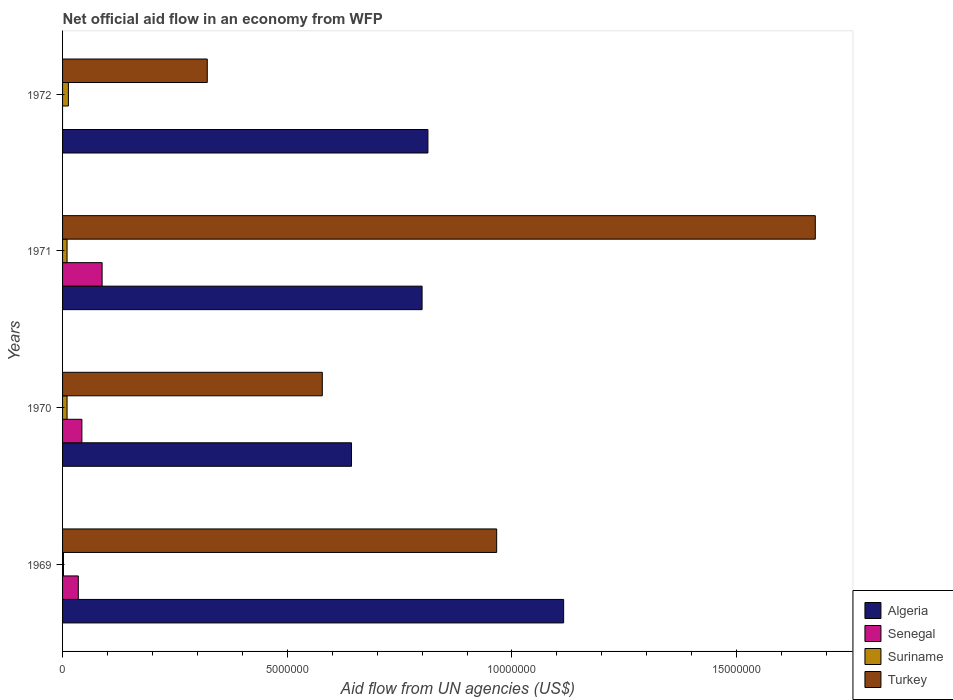
| Years | Algeria | Senegal | Suriname | Turkey |
 | --- | --- | --- | --- | --- |
 | 1969 | 1.12e+07 | 3.5e+05 | 2e+04 | 9.66e+06 |
 | 1970 | 6.43e+06 | 4.3e+05 | 1e+05 | 5.78e+06 |
 | 1971 | 8e+06 | 8.8e+05 | 1e+05 | 1.68e+07 |
 | 1972 | 8.13e+06 | -4e+04 | 1.3e+05 | 3.22e+06 |